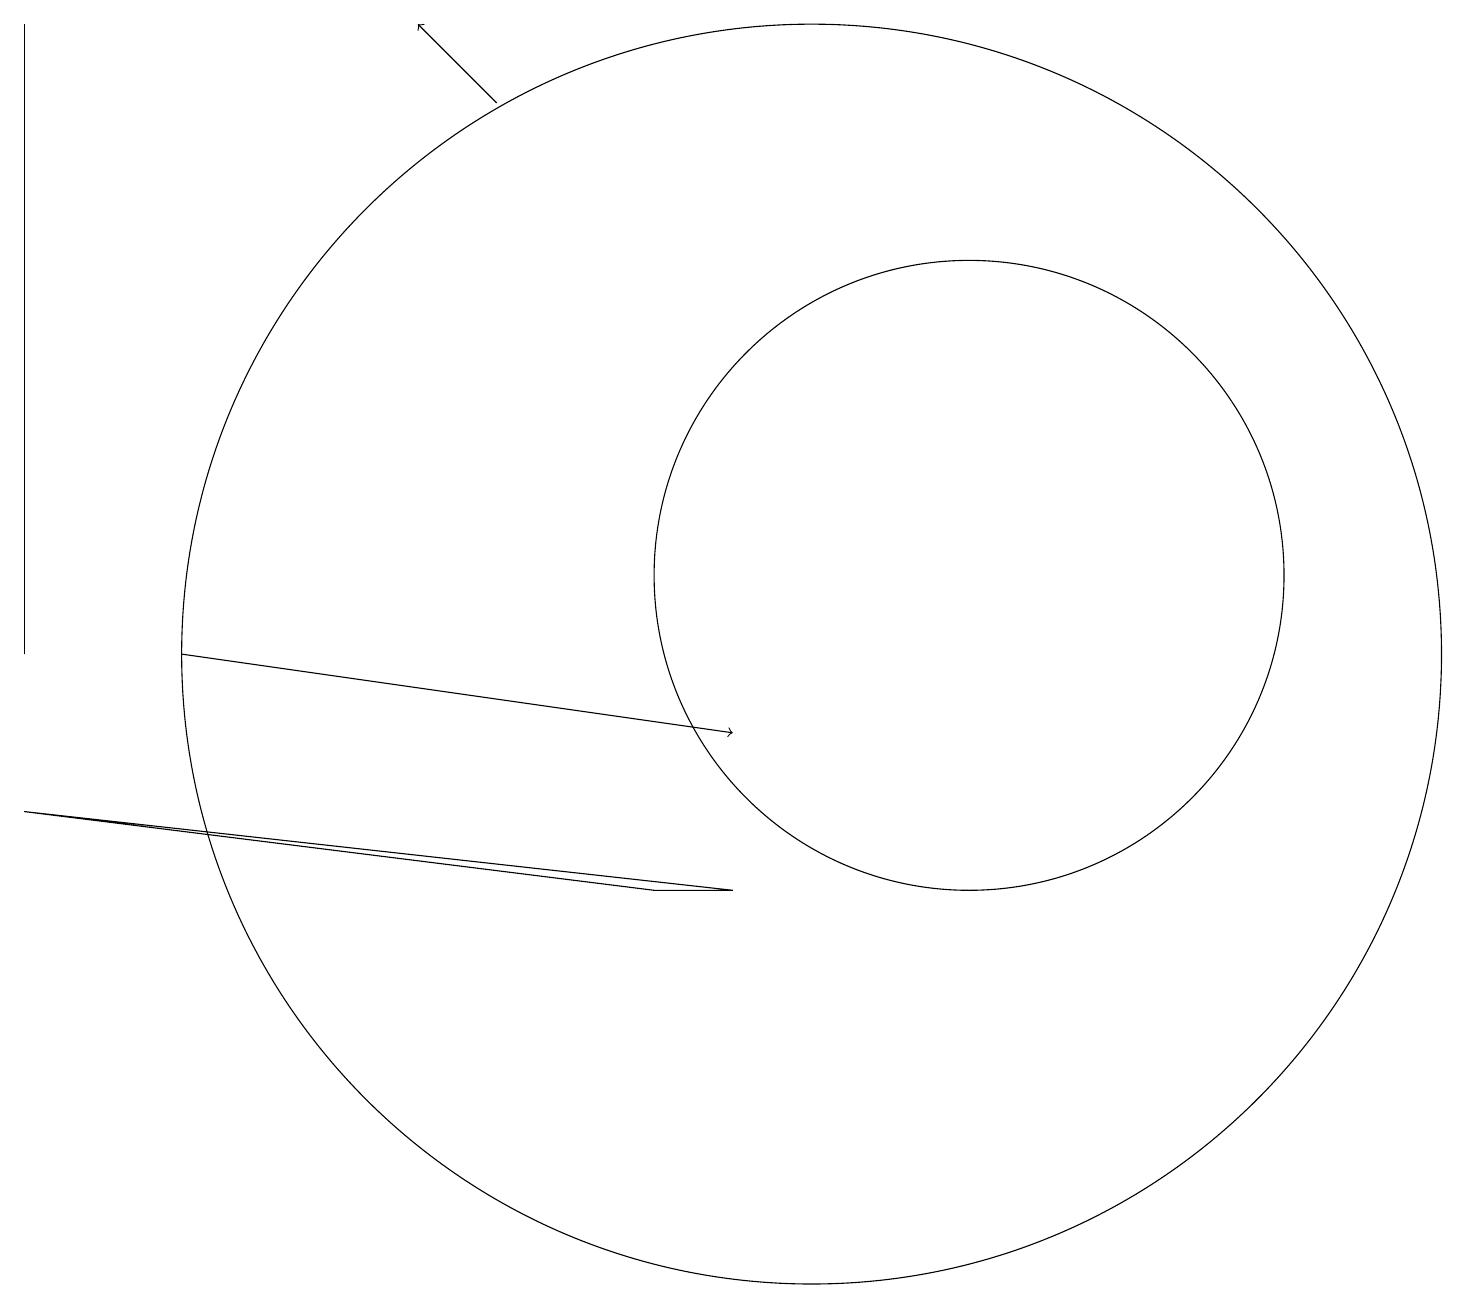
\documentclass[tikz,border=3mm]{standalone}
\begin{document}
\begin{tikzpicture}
\draw (0,9) -- (8,8) -- (9,8) -- cycle;
\draw[->] (2,11) -- (9,10);
\draw (10,11) circle (8);
\draw (12,12) circle (4);
\draw (0,19) rectangle (0,11);
\draw[->] (6,18) -- (5,19);
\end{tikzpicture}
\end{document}